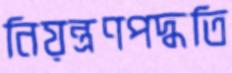
নিয়ন্ত্রণপদ্ধতি